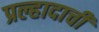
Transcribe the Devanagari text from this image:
प्रल्हादाची